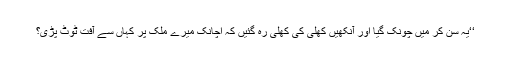
‘‘یہ سن کر میں چونک گیا اور آنکھیں کھلی کی کھلی رہ گئیں کہ اچانک میرے ملک پر کہاں سے آفت ٹوٹ پڑی؟